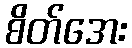
စိတ်အေး